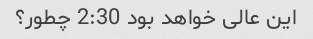
این عالی خواهد بود 2:30 چطور؟